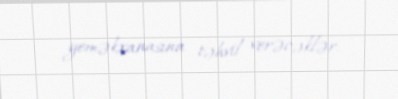
yeməkxanasına təhvil verəcəklər.